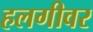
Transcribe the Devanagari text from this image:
हलगीवर